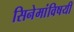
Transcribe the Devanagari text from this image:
सिनेमांविषयी